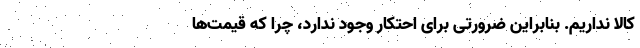
کالا نداریم. بنابراین ضرورتی برای احتکار وجود ندارد، چرا که قیمت‌ها